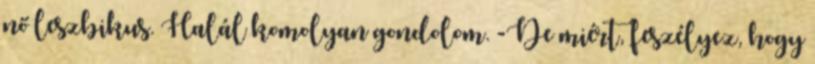
nő leszbikus. Halál komolyan gondolom. -De miért, feszélyez, hogy